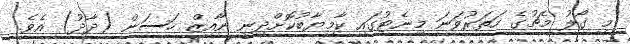
މި ގޯލު މެޗުގެ ހަތަރުވަނަ މިނެޓުގައި ކާމިޔާބުކޮށްދިނީ ނާއިޒް ހަސަން (ދާދު) އެވެ.